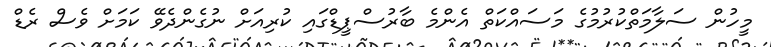
މީހުން ސަލާމަތްކުރުމުގެ މަސައްކަތް އެންމެ ބާރުސްޕީޑްގައި ކުރިއަށް ނުގެންދެވޭ ކަމަށް ވެސް ރެޑް